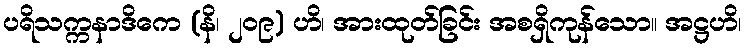
ပရိသက္ကနာဒိကေ (နိ၊ ၂၀၉) ဟိ၊ အားထုတ်ခြင်း အစရှိကုန်သော။ အဋ္ဌဟိ၊